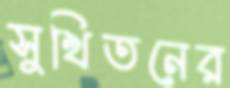
সুখিতনের